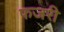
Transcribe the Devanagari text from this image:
फजरी